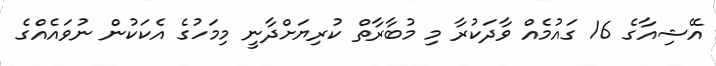
އޭޝިއާގެ 16 ގައުމެއް ވާދަކުރާ މި މުބާރާތް ކުރިޔަށްދާނީ މިމަހުގެ އެކަކުން ނުވައެއްގެ